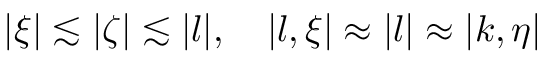
\begin{array} { r } { | \xi | \lesssim | \zeta | \lesssim | l | , \quad | l , \xi | \approx | l | \approx | k , \eta | } \end{array}